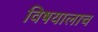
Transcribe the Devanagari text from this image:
विषयालाच